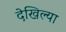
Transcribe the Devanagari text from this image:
देखिल्या